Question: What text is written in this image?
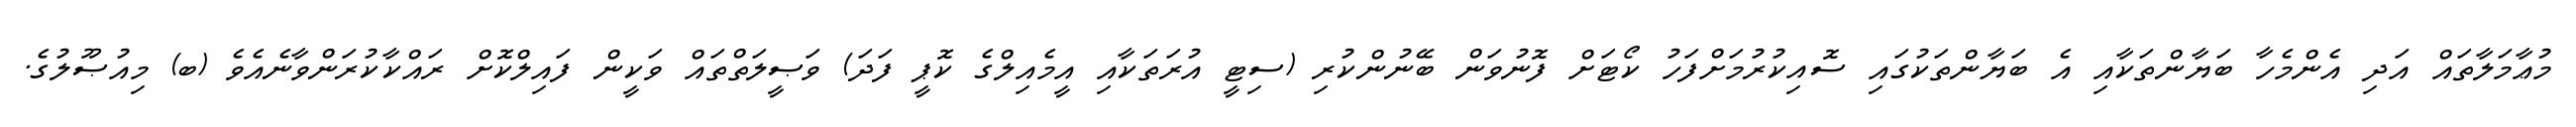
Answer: މުޢާމަލާތައް އަދި އެންމެހާ ބަޔާންތަކާއި އެ ބަޔާންތަކުގައި ސޮއިކުރުމަށްފަހު ކޯޓަށް ފޮނުވަން ބޭނުންކުރި (ސިޓީ އުރަތަކާއި އީމެއިލްގެ ކޮޕީ ފަދަ) ވަޞީލަތްތައް ވަކީން ފައިލްކޮށް ރައްކާކުރަންވާނެއެވެ (ބ) މިއުޞޫލުގެ.